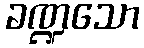
ခဏ္ဍသော